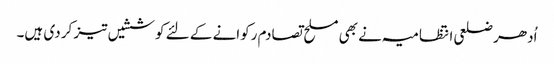
اُدھر ضلعی انتظامیہ نے بھی مسلح تصادم رکوانے کے لئے کوششیں تیز کر دی ہیں۔